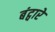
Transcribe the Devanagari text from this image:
बंट्वारे